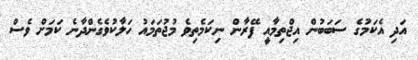
އަދި އެކަމުގެ ސަބަބުން އިޖްތިމާއީ ފޭރާން ނިކަމެތިވެ މުޖުތަމައު ހަލާކުވެގެންދާނެ ކަމަށް ވެސް